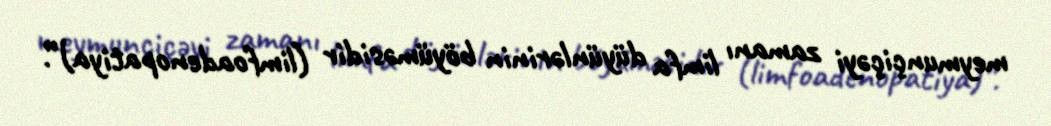
meymunçiçəyi zamanı limfa düyünlərinin böyüməsidir (limfoadenopatiya)”.